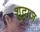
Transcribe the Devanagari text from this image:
शुद्राज़